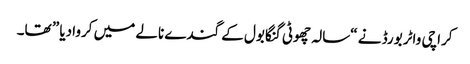
کراچی واٹر بورڈ نے “سالہ چھوٹی گنگا بول کے گندے نالے میں کروادیا ” تھا۔